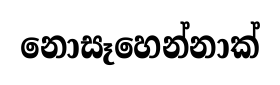
නොසෑහෙන්නාක්